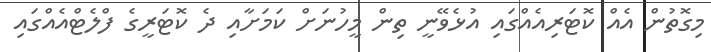
މިގޮތުން އެއް ކޮޓަރިއެއްގައި އުޅެވޭނީ ތިން މީހުނަށް ކަމަށާއި ދެ ކޮޓަރީގެ ފްލެޓްއެއްގައި